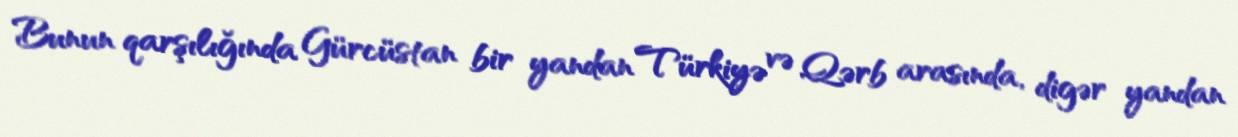
Bunun qarşılığında Gürcüstan bir yandan Türkiyə və Qərb arasında, digər yandan